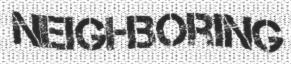
NEIGHBORING